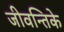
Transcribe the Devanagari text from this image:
जीवन्तिके